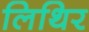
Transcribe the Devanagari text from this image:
लिथिर